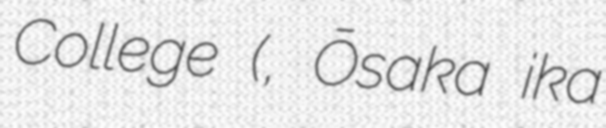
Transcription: College (大阪医科大学, Ōsaka ika